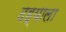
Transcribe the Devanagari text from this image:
दह्याला